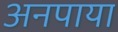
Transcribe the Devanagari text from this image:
अनपाया